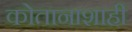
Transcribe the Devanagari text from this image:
कोतानाशाही